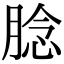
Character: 腍